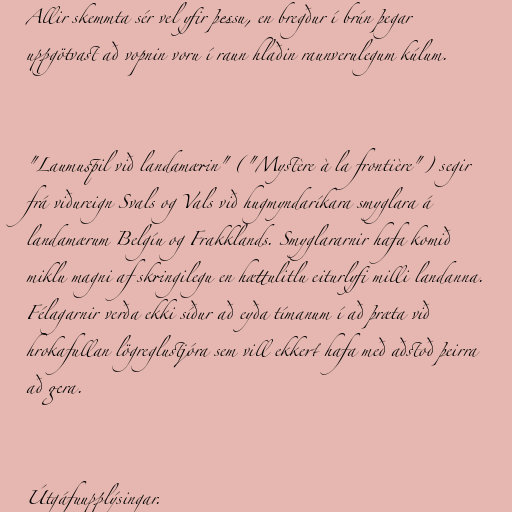
Allir skemmta sér vel yfir þessu, en bregður í brún þegar
uppgötvast að vopnin voru í raun hlaðin raunverulegum kúlum.

"Laumuspil við landamærin" ("Mystère à la frontière") segir
frá viðureign Svals og Vals við hugmyndaríkara smyglara á
landamærum Belgíu og Frakklands. Smyglararnir hafa komið
miklu magni af skringilegu en hættulitlu eiturlyfi milli landanna.
Félagarnir verða ekki síður að eyða tímanum í að þræta við
hrokafullan lögreglustjóra sem vill ekkert hafa með aðstoð þeirra
að gera.

Útgáfuupplýsingar.